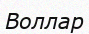
Воллар